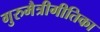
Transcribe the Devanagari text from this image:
गुरुमैत्रीगीतिका